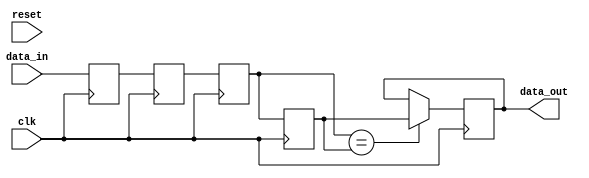
module cdc_synchronizer
  #(
    parameter DATA_WIDTH=8,
    parameter SYNC_TIMES=3,
    parameter SMOOTH_TIMES=1
    )
  (
   // clock domain (in) ------------------
   input wire [(DATA_WIDTH-1):0] data_in,
   // clock domain (out)------------------
   output reg [(DATA_WIDTH-1):0] data_out,
   input wire                    clk,
   input wire                    reset
   // ------------------------------------
   );

  generate
    genvar                       i;
    wire [(SMOOTH_TIMES-1):0]    smooth;
    reg [(DATA_WIDTH-1):0]       sync_data[SYNC_TIMES:0];

    always @(posedge clk)
      begin
        sync_data[0] <= data_in;
      end

    for (i = 0; i < SYNC_TIMES; i = i + 1)
      begin: sync_block
        always @(posedge clk)
          begin
            sync_data[i + 1] <= sync_data[i];
          end
      end

    for (i = 0; i < SMOOTH_TIMES; i = i + 1)
      begin: smooth_block
        assign smooth[i] = (sync_data[SYNC_TIMES - i - 1] == sync_data[SYNC_TIMES - i]);
      end

    always @(posedge clk)
      begin
        if (smooth == {SMOOTH_TIMES{1'b1}})
          begin
            data_out <= sync_data[SYNC_TIMES];
          end
      end
  endgenerate

endmodule